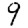
Digit: 9